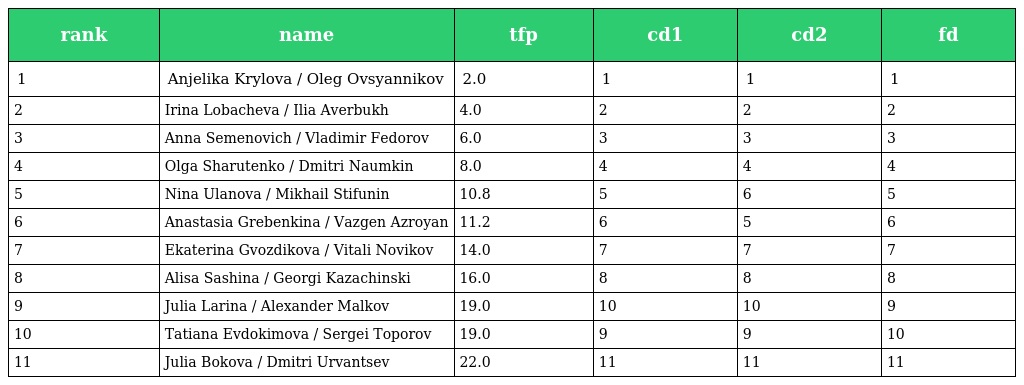
| rank | name | tfp | cd1 | cd2 | fd |
 | --- | --- | --- | --- | --- | --- |
 | 1 | Anjelika Krylova / Oleg Ovsyannikov | 2.0 | 1 | 1 | 1 |
 | 2 | Irina Lobacheva / Ilia Averbukh | 4.0 | 2 | 2 | 2 |
 | 3 | Anna Semenovich / Vladimir Fedorov | 6.0 | 3 | 3 | 3 |
 | 4 | Olga Sharutenko / Dmitri Naumkin | 8.0 | 4 | 4 | 4 |
 | 5 | Nina Ulanova / Mikhail Stifunin | 10.8 | 5 | 6 | 5 |
 | 6 | Anastasia Grebenkina / Vazgen Azroyan | 11.2 | 6 | 5 | 6 |
 | 7 | Ekaterina Gvozdikova / Vitali Novikov | 14.0 | 7 | 7 | 7 |
 | 8 | Alisa Sashina / Georgi Kazachinski | 16.0 | 8 | 8 | 8 |
 | 9 | Julia Larina / Alexander Malkov | 19.0 | 10 | 10 | 9 |
 | 10 | Tatiana Evdokimova / Sergei Toporov | 19.0 | 9 | 9 | 10 |
 | 11 | Julia Bokova / Dmitri Urvantsev | 22.0 | 11 | 11 | 11 |